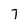
Character: 7